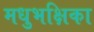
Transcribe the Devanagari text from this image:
मधुभक्षिका